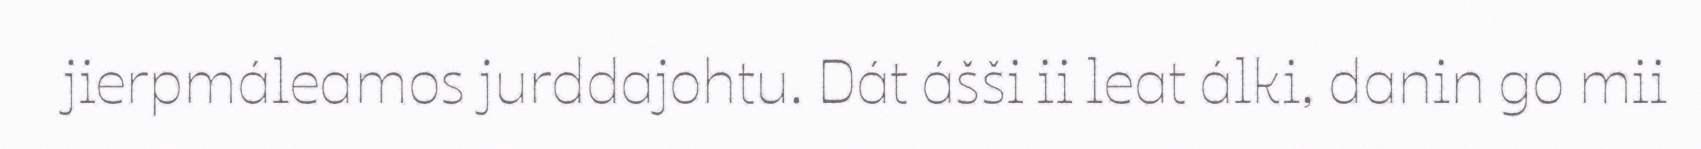
jierpmáleamos jurddajohtu. Dát ášši ii leat álki, danin go mii